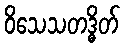
ဝိသေသတဒ္ဓိတ်